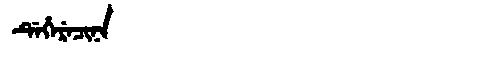
Manchu: ᡩᡝᡥᡝᡵᡝᠴᡳᠨᠠ
Romanization: DEHERECINA